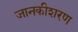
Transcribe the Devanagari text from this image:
जानकीशरण